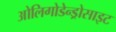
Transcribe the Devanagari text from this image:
ओलिगोडेन्ड्रोसाइट